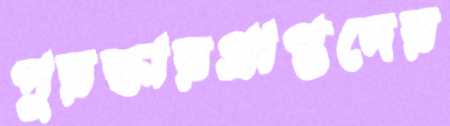
পুরস্কারপ্রাপ্তদের